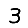
Digit: 3